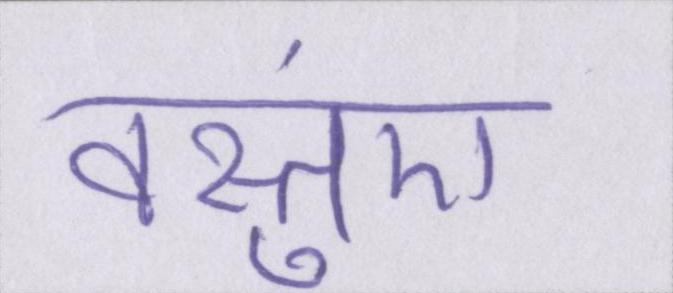
वस्तुएं